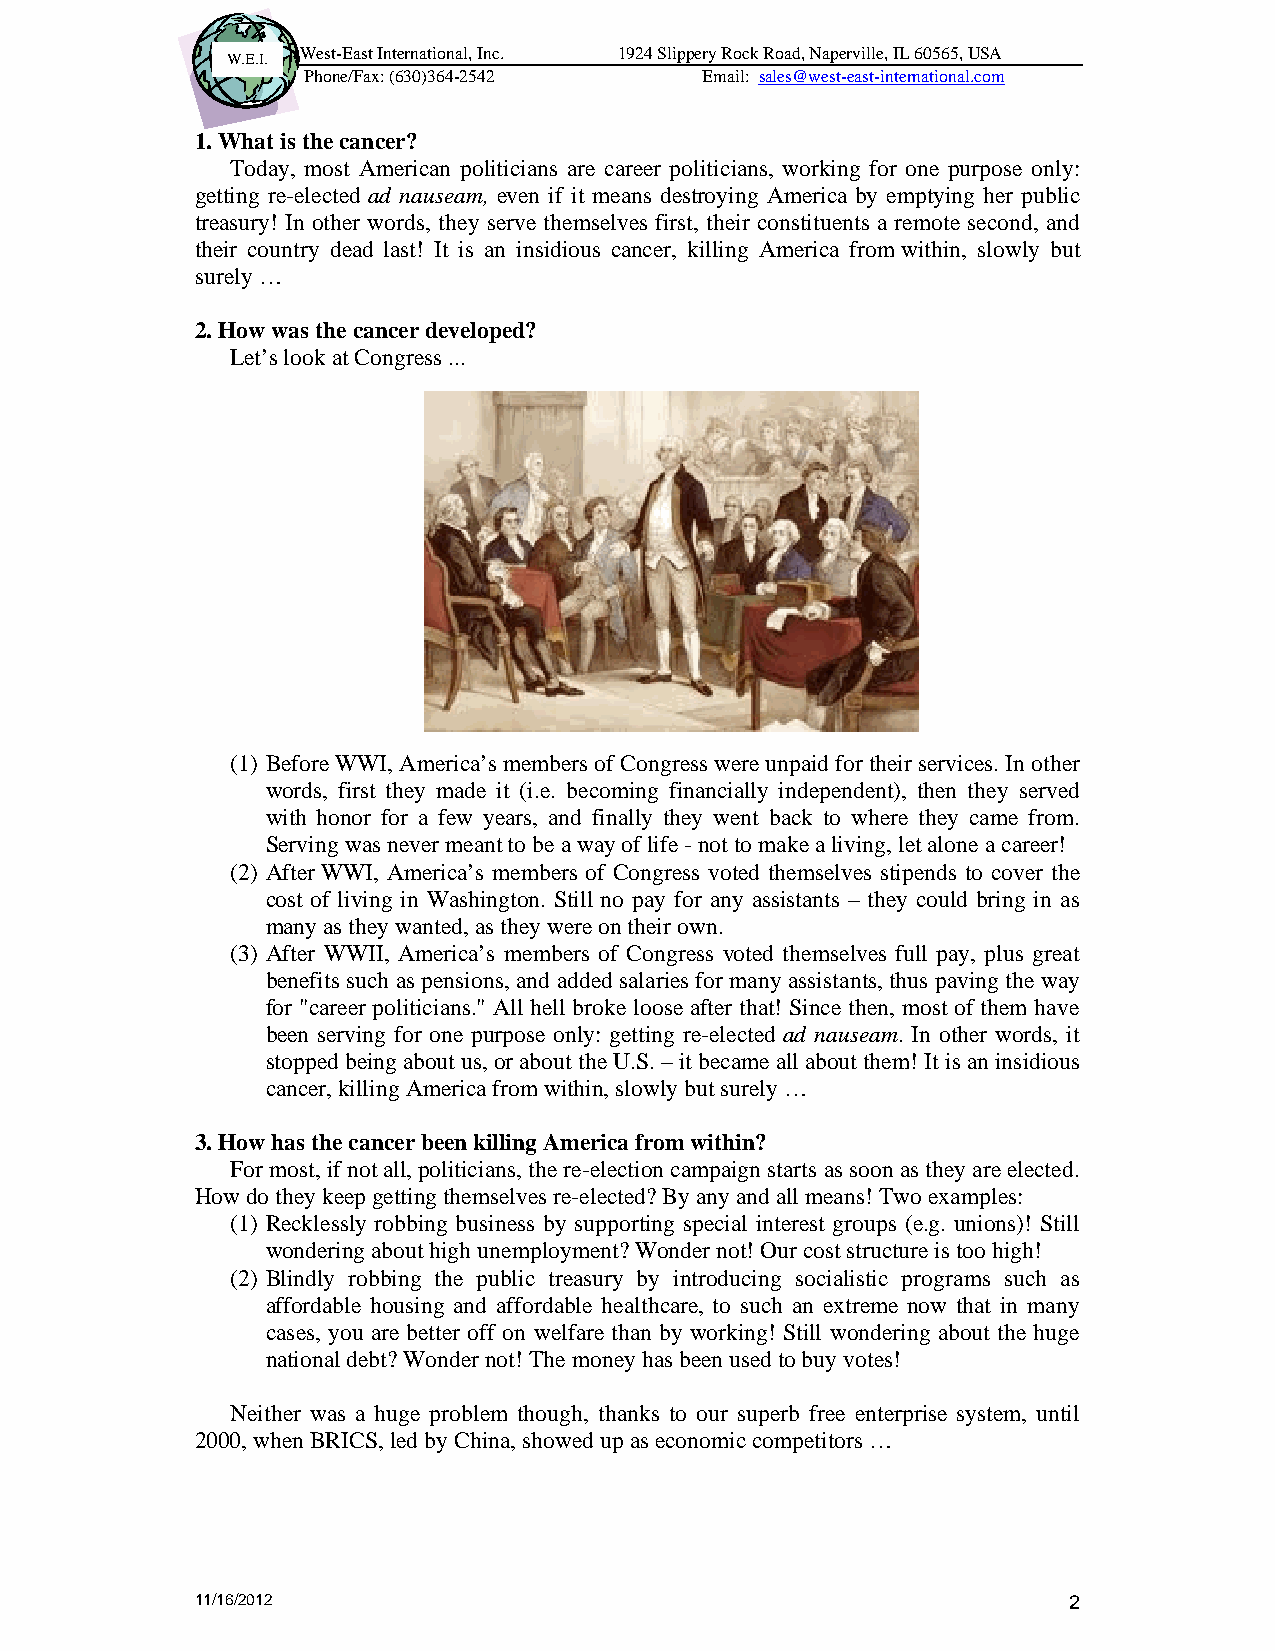
West-East International, Inc. 1924 Slippery Rock Road, Naperville, IL 60565, USA
 W.E.I.
 Phone/Fax: (630)364-2542   Email: sales@west-east-international.com
 1. What is the cancer?
 Today, most American politicians are career politicians, working for one purpose only:
 getting re-elected ad nauseam, even if it means destroying America by emptying her public
 treasury! In other words, they serve themselves first, their constituents a remote second, and
 their country dead last! It is an insidious cancer, killing America from within, slowly but
 surely …
 2. How was the cancer developed?
 Let’s look at Congress ...
 (1) Before WWI, America’s members of Congress were unpaid for their services. In other
 words, first they made it (i.e. becoming financially independent), then they served
 with honor for a few years, and finally they went back to where they came from.
 Serving was never meant to be a way of life - not to make a living, let alone a career!
 (2) After WWI, America’s members of Congress voted themselves stipends to cover the
 cost of living in Washington. Still no pay for any assistants – they could bring in as
 many as they wanted, as they were on their own.
 (3) After WWII, America’s members of Congress voted themselves full pay, plus great
 benefits such as pensions, and added salaries for many assistants, thus paving the way
 for "career politicians." All hell broke loose after that! Since then, most of them have
 been serving for one purpose only: getting re-elected ad nauseam. In other words, it
 stopped being about us, or about the U.S. – it became all about them! It is an insidious
 cancer, killing America from within, slowly but surely …
 3. How has the cancer been killing America from within?
 For most, if not all, politicians, the re-election campaign starts as soon as they are elected.
 How do they keep getting themselves re-elected? By any and all means! Two examples:
 (1) Recklessly robbing business by supporting special interest groups (e.g. unions)! Still
 wondering about high unemployment? Wonder not! Our cost structure is too high!
 (2) Blindly robbing the public treasury by introducing socialistic programs such as
 affordable housing and affordable healthcare, to such an extreme now that in many
 cases, you are better off on welfare than by working! Still wondering about the huge
 national debt? Wonder not! The money has been used to buy votes!
 Neither was a huge problem though, thanks to our superb free enterprise system, until
 2000, when BRICS, led by China, showed up as economic competitors …
 11/16/2012                                                2